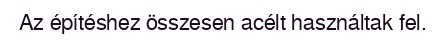
Az építéshez összesen acélt használtak fel.